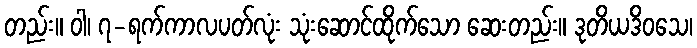
တည်း။ ဝါ၊ ၇-ရက်ကာလပတ်လုံး သုံးဆောင်ထိုက်သော ဆေးတည်း။ ဒုတိယဒိဝသေ၊